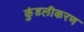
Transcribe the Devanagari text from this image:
कुंडलीकरण